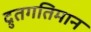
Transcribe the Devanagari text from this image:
द्रुतगतिमान